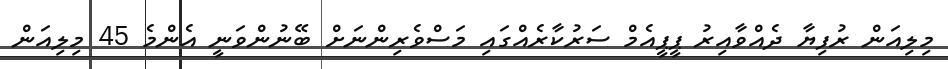
މިލިއަން ރުފިޔާ ދެއްވާއިރު ޕީޕީއެމް ސަރުކާރެއްގައި މަސްވެރިންނަށް ބޭނުންވަނީ އެންމެ 45 މިލިއަން